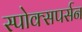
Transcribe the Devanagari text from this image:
स्पोक्सपर्सन